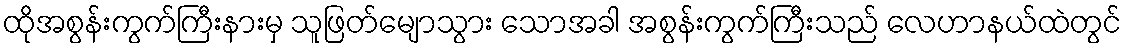
ထိုအစွန်းကွက်ကြီးနားမှ သူဖြတ်မျောသွား သောအခါ အစွန်းကွက်ကြီးသည် လေဟာနယ်ထဲတွင်